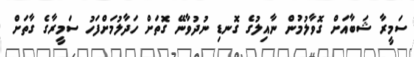
ސަމީރާ ޝަބާއަށް ގޮވާލުމުން ނާއިލުގެ ގޮނޑި ނުދުވާނޭ ގޮތަށް ހަދާލުމަށްފަހު ސަމީރާގެ ގާތަށް